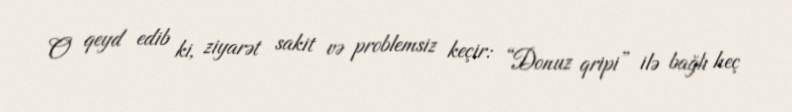
O qeyd edib ki, ziyarət sakit və problemsiz keçir: “Donuz qripi” ilə bağlı heç